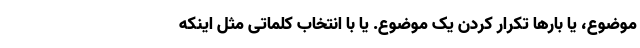
موضوع، یا بارها تکرار کردن یک موضوع. یا با انتخاب کلماتی مثل اینکه